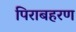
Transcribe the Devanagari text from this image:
पिराबहरण